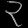
Digit: ၃